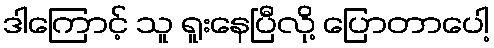
ဒါကြောင့် သူ ရူးနေပြီလို့ ပြောတာပေါ့